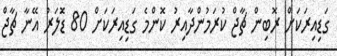
ގަޑިއިރަކަށް ރޮބިން ޗާޖް ކުރަމުންދާއިރު ކޮންމެ ގަޑިއިރަކަށް 80 ޑޮަލަރު އޭނާ ޗާޖް